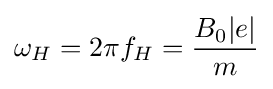
\omega _{H}=2\pi f_{H}={\frac {B_{0}|e|}{m}}